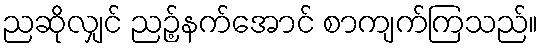
ညဆိုလျှင် ညဉ့်နက်အောင် စာကျက်ကြသည်။